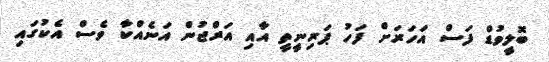
ބޮލީވުޑް ފަސް އަހަރަށް ފަހު ޕަރިނީތީ އާއި އަރްޖުން އަނެއްކާ ވެސް އެކުގައި